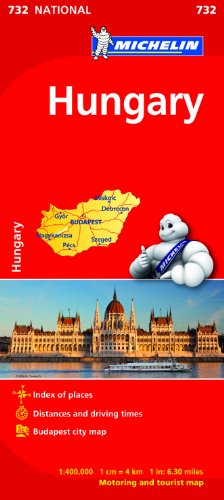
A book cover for Hungary (Michelin National Maps); Travel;